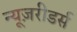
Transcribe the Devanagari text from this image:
न्यूज़रीडर्स